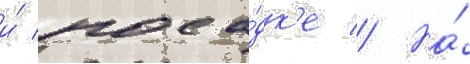
и́ поса́дк'е // На́